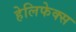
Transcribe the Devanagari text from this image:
हेलिफेक्स